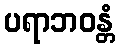
ပရာဘဝန္တံ